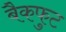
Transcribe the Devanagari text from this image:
बैकफुट